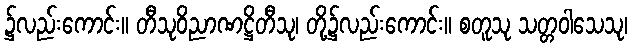
၌လည်းကောင်း။ တီသုဝိညာဏဋ္ဌိတီသု၊ တို့၌လည်းကောင်း။ စတူသု သတ္တဝါသေသု၊